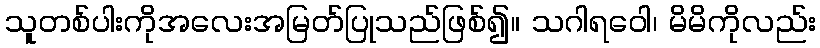
သူတစ်ပါးကိုအလေးအမြတ်ပြုသည်ဖြစ်၍။ သဂါရဝေါ၊ မိမိကိုလည်း